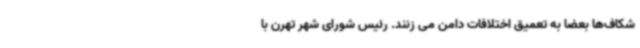
شکاف‌ها بعضا به تعمیق اختلافات دامن می زنند. رئیس شورای شهر تهرن با